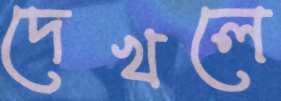
দেখলে